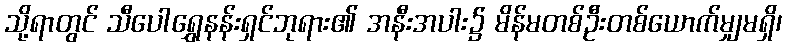
သို့ရာတွင် သီပေါရွှေနန်းရှင်ဘုရား၏ အနီးအပါး၌ မိန်မတစ်ဦးတစ်ယောက်မျှမရှိ၊